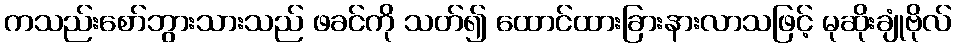
ကသည်းစော်ဘွားသားသည် ဖခင်ကို သတ်၍ ထောင်ထားခြားနားလာသဖြင့် မုဆိုးချုံဗိုလ်